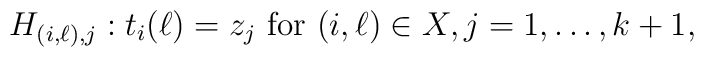
H_{(i,\ell), j} :t_{i}(\ell) = z_{j}\mbox{\rm ~for~} (i, \ell)\in X, j=1,\ldots, k+1,